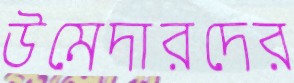
উমেদারদের